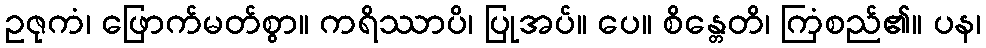
ဥဇုကံ၊ ဖြောက်မတ်စွာ။ ကရိဿာပိ၊ ပြုအပ်။ ပေ။ စိန္တေတိ၊ ကြံစည်၏။ ပန၊